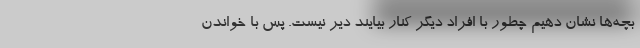
بچه‌ها نشان دهیم چطور با افراد دیگر کنار بیایند دیر نیست. پس با خواندن